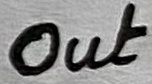
Text: Out